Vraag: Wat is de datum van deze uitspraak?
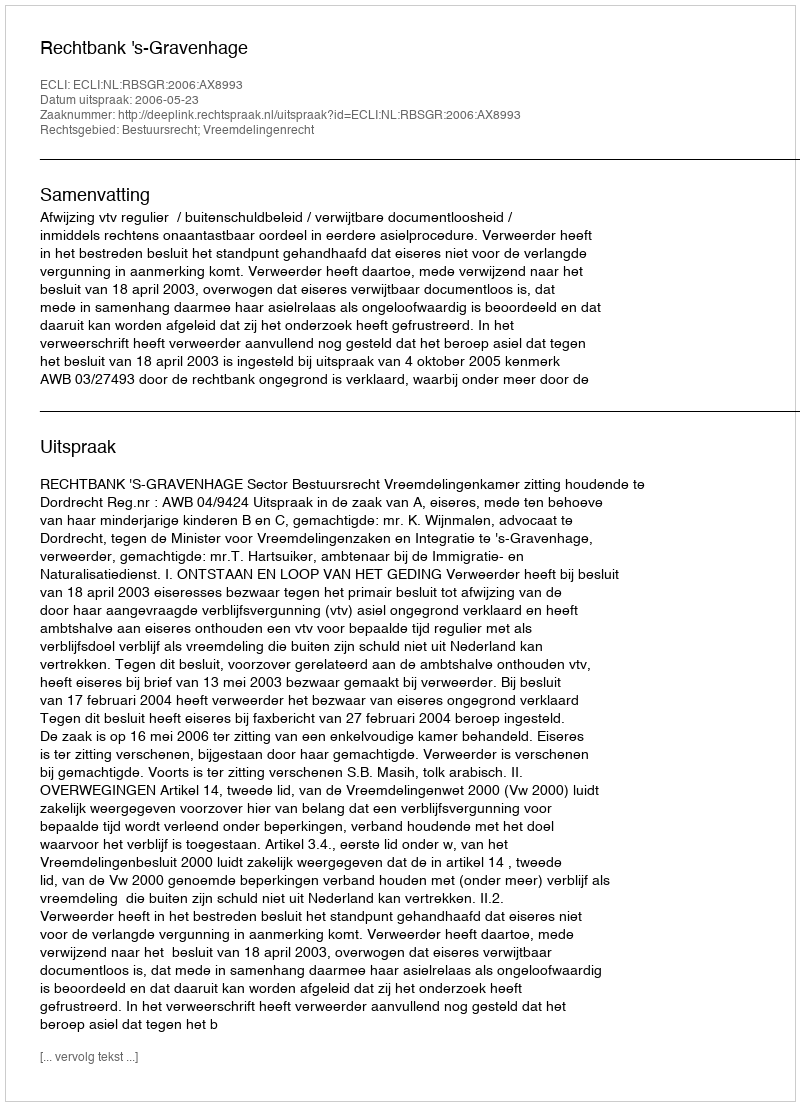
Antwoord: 2006-05-23